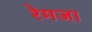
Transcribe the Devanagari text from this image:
रेमजा